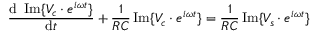
{ \frac { \mathrm { d } \ \operatorname { I m } \{ V _ { c } \cdot e ^ { i \omega t } \} } { \mathrm { d } t } } + { \frac { 1 } { R C } } \operatorname { I m } \{ V _ { c } \cdot e ^ { i \omega t } \} = { \frac { 1 } { R C } } \operatorname { I m } \{ V _ { s } \cdot e ^ { i \omega t } \}